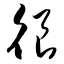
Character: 很